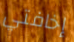
إخافتي